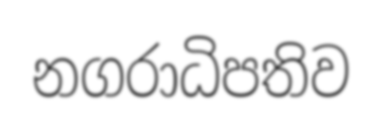
නගරාධිපතිව